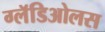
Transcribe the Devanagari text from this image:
ग्लॅडिओलस